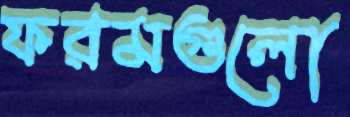
ফরমগুলো